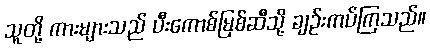
သူတို့ ကားများသည် ပီးကောစ်မြစ်ဆီသို့ ချဉ်းကပ်ကြသည်။